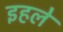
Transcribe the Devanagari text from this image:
इहले